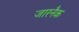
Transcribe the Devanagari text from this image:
जारनैक